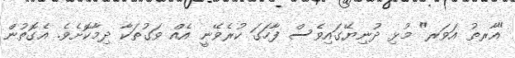
"އާރތު އަވަރ" މުޅި ދުނިޔޭގައިވެސް ފާހަގަ ކުރެވޭނީ އެއް ވަގުތަކާ ދިމާކޮށެވެ. އެގޮތުން